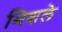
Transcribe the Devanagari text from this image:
मिशले